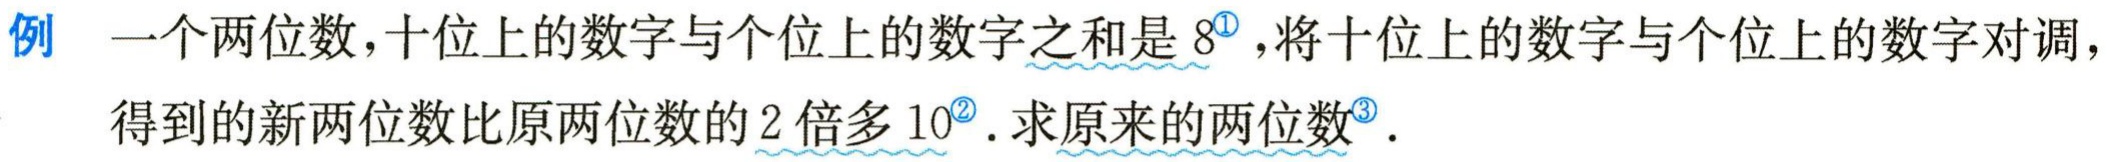
例 一个两位数，十位上的数字与个位上的数字之和是 \(8^{\textcircled{1}}\)，将十位上的数字与个位上的数字对调，得到的新两位数比原两位数的 \(2\) 倍多 \(10^{\textcircled{2}}\). 求原来的两位数\(^{\textcircled{3}}\).